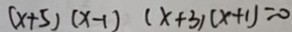
( x + 5 ) ( x - 1 ) ( x + 3 ) ( x + 1 ) = 0